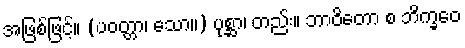
အဖြစ်ဖြင့်။ (ပဝတ္တာ၊ သော။) ပုစ္ဆာ၊ တည်း။ ဘာဝိတော စ ဘိက္ခဝေ